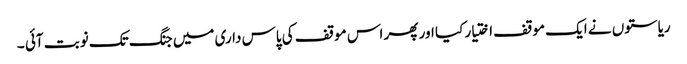
ریاستوں نے ایک موقف اختیار کیا اور پھر اس موقف کی پاس داری میں جنگ تک نوبت آئی ۔